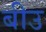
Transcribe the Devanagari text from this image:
बीउ